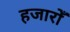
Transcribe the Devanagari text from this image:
हजारोँ